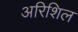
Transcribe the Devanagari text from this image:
अरिशिल